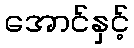
အောင်နှင့်